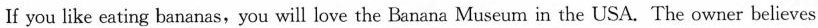
If you like eating bananas,you will love the Banana Museum in the USA. The owner believes